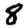
Digit: 8